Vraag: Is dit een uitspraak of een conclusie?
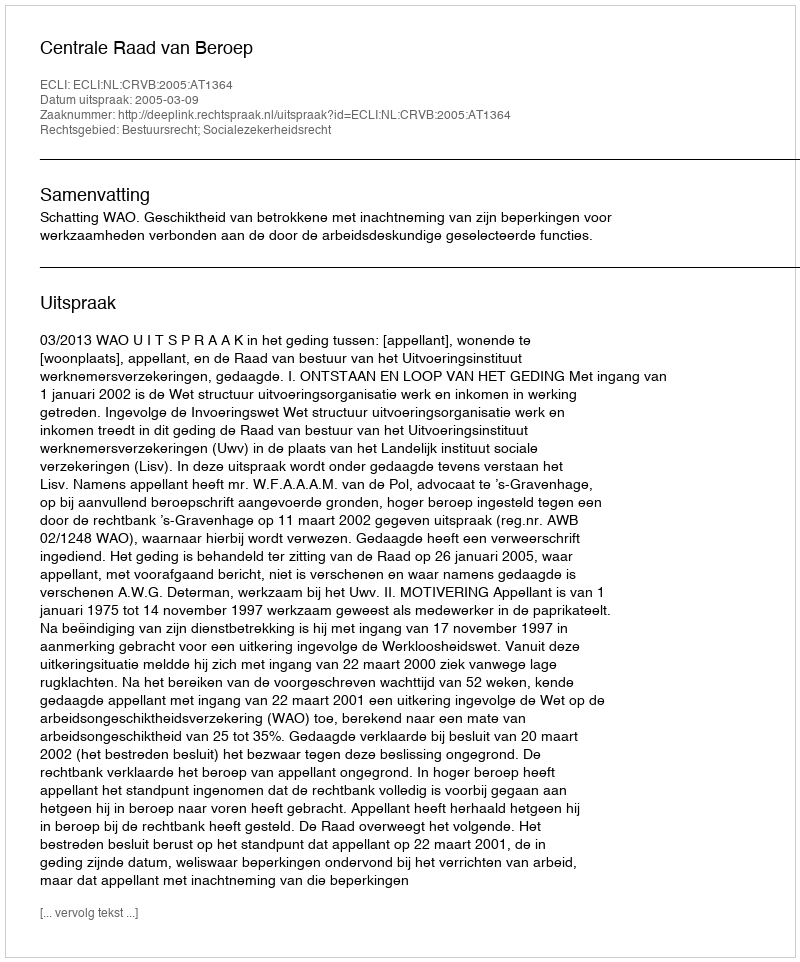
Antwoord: Uitspraak